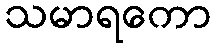
သမာရကော